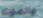
والموت